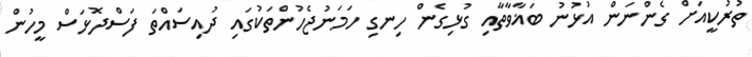
ތުރުކީއަށް ގެންނަން އުޅުނު ބަޣާވާތާއި ގުޅިގެން ހިނގި ހަމަނުޖެހުންތަކުގައި ދުއިސައްތަ ފަސްދޮޅަސް މީހުން